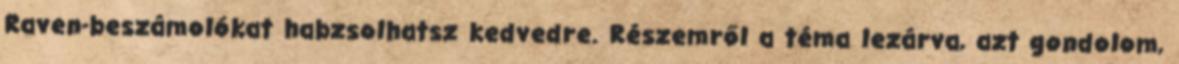
Raven-beszámolókat habzsolhatsz kedvedre. Részemről a téma lezárva, azt gondolom,